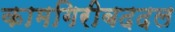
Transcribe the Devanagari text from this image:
कामगिरीबददल